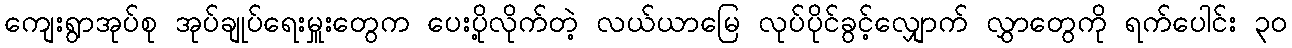
ကျေးရွာအုပ်စု အုပ်ချုပ်ရေးမှူးတွေက ပေးပို့လိုက်တဲ့ လယ်ယာမြေ လုပ်ပိုင်ခွင့်လျှောက် လွှာတွေကို ရက်ပေါင်း ၃၀